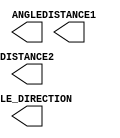
`timescale 1ns / 1ps
//////////////////////////////////////////////////////////////////////////////////
// Company: 
// Engineer: 
// 
// Design Name: 
// Module Name:    localization 
// Project Name: 
// Target Devices: 
// Tool versions: 
// Description: 
//
// Dependencies: 
//
// Revision: 
// Revision 0.01 - File Created
// Additional Comments: 
//
//////////////////////////////////////////////////////////////////////////////////
module localization(
		output [7:0] ANGLE,
		output [1:0] ANGLE_DIRECTION,
		output [7:0] DISTANCE1,
		output [7:0] DISTANCE2
    );


endmodule